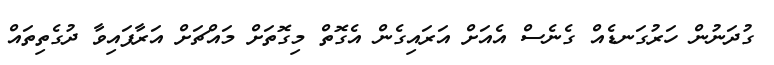
ގުދަނުން ހަރުގަނޑެއް ގެނެސް އެއަށް އަރައިގެން އެގޮތް މިގޮތަށް މައްޗަށް އަރާފައިވާ ދުގެތިތައް